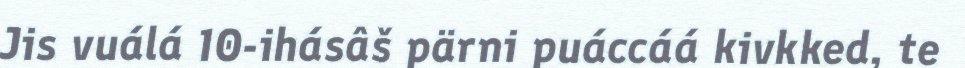
Jis vuálá 10-ihásâš pärni puáccáá kivkked, te